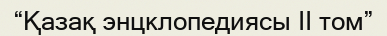
“Қазақ энцклопедиясы II том”